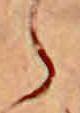
ら